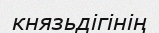
князьдігінің